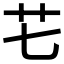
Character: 𮶛